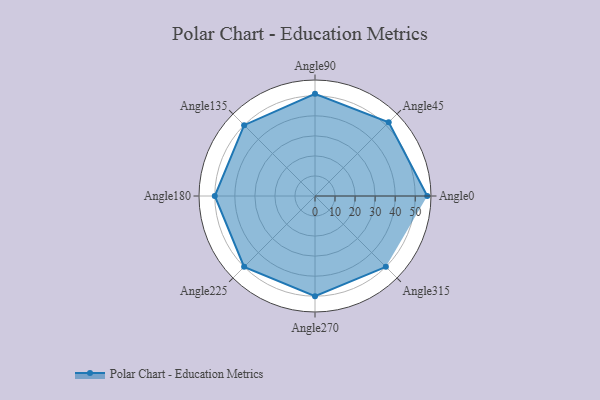
{"axis": {"x": "Angle", "y": "Radius"}, "legend": [""], "data": [{"x": "Angle0", "y": 56.0, "type": ""}, {"x": "Angle45", "y": 52.0, "type": ""}, {"x": "Angle90", "y": 51.0, "type": ""}, {"x": "Angle135", "y": 50, "type": ""}, {"x": "Angle180", "y": 50, "type": ""}, {"x": "Angle225", "y": 50, "type": ""}, {"x": "Angle270", "y": 50, "type": ""}, {"x": "Angle315", "y": 50, "type": ""}]}